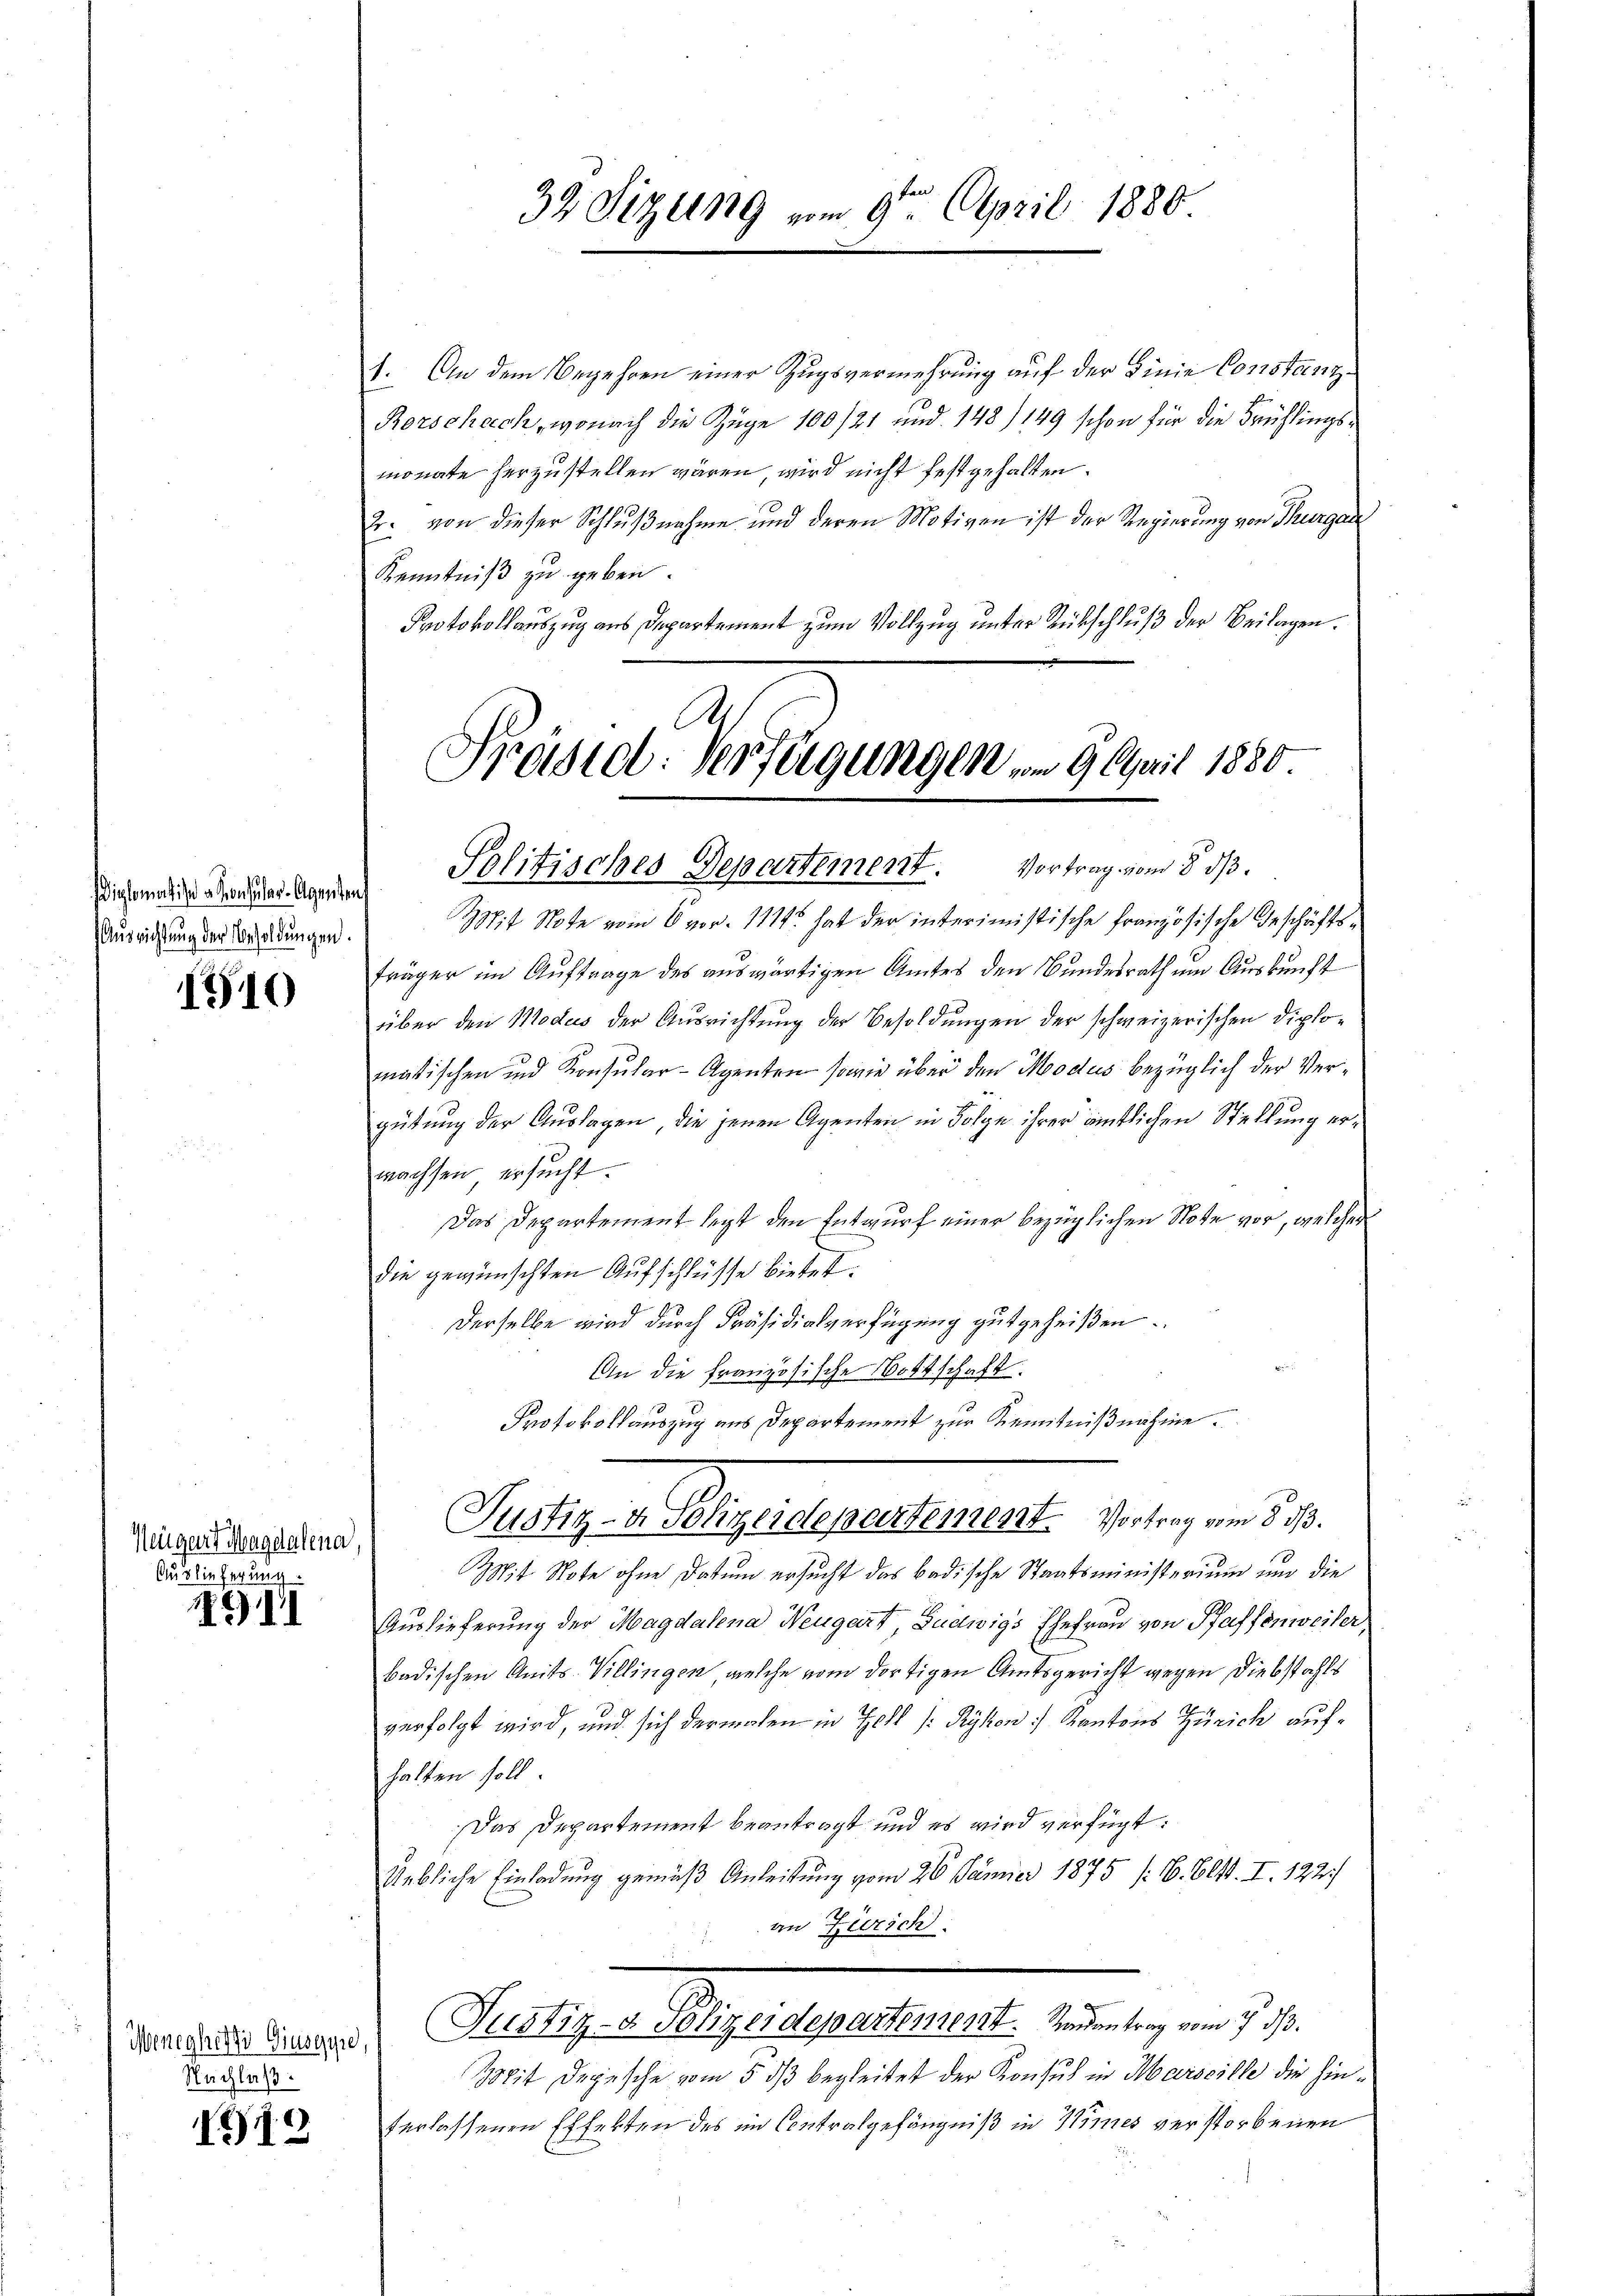
Diplomatis consular-Agentens
Aŭsrichtŭng der Besoldŭngen.

1910

Neuger Magdalena,
Auslieferung

1911

Weneghilfe Giuseppe,
Nachlaß.

19

1. An dem Begehren einer Zugsvermehrung auf der Linie Constanz¬
Rorschach, wonach die Züge 100/21 und 148/149 schon für die Frühlingsmonate herzustellen wären, wird nicht festgehalten.
Er. von dieser Schlußnahme und deren Motiven ist der Regierung von Thurgau
Kenntniß zu geben.
Protokollauszug aus Departement zum Vollzug unter Rückschluß der Beilagen.

32 Sizung vom 9ten April 1880

Präsid. Verfügungen vom 9. April 1880.
Solitisches Departement. Vortrag vom 8. ds.

Justiz- u. Polizeidepartement. Vortrag vom 5. 10.

Mit Note vom 6 vor. 1114. hat der interimistische Französische Geschäftsfräger im Auftrage des auswärtigen Amtes den Bundesrath um Auskunft
über den Modus der Ausrichtung der Besoldungen der schweizerischen Diplomatischen und Konsular-Agenten sowie über den Modus bezüglich der Vergütung der Auslagen, die jenen Agenten in Folge ihrer ämtlichen Stellung erwachsen ersucht.
Das Departement legt den Entwurf einer bezüglichen Note vor, welcher
die gewünschten Aufschlüsse bietet.
Derselbe wird durch Präsidialverfügung gutgeheißen.
An die französische Bottschaft.
Protokollauszug aus Departement zur Kenntnißnahme.

Mit Note ohne Datum ersucht das badische Staatsministerium und die
Auslieferung der Magdalena Neugart, Ludwigs Ehefrau von Pfaffenweiler,
badischen Amts-Villingen, welche vom dortigen Amtsgericht gegen Diebstahls
verfolgt wird, und sich dermalen in Zell /: Rykon Kantons Zürich aufhalten soll.
Das Departement beantragt und es wird verfügt:
Uebliche Einladung gemäß Anleitung vom 26. Jänner 1875 (16. Olst. I. 122.)
in Zürich.
Justiz- u. Polizeidepartement. Sandentrag vom 7. ds.
Mit Depesche vom 5. dβ begleitet der Konsul in Marseille die hinterlassenen Effekten des im Contralgefängniß in Kimes verstorbenen